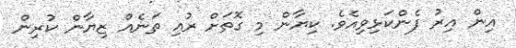
އިން އިރު ފެންކަޅިވިއެވެ. ކިޔާން މި ގޮތަށް ރުއި ތަނެއް ޒިޔާން ކުރިން